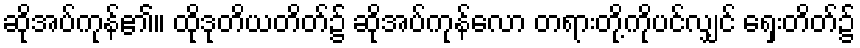
ဆိုအပ်ကုန်၏။ ထိုဒုတိယတိတ်၌ ဆိုအပ်ကုန်လော တရားတို့ကိုပင်လျှင် ရှေးတိတ်၌